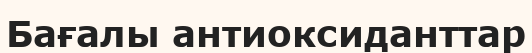
Бағалы антиоксиданттар